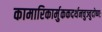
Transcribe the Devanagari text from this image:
कामारिकार्मुककदर्थनचुञ्चुदोष्णः